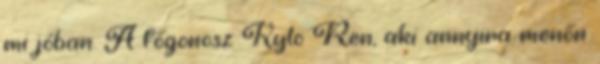
mi jóban. A főgonosz Kylo Ren, aki annyira menőn